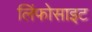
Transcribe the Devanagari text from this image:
लिंफोसाइट